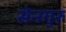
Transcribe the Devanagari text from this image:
सेनगुरु